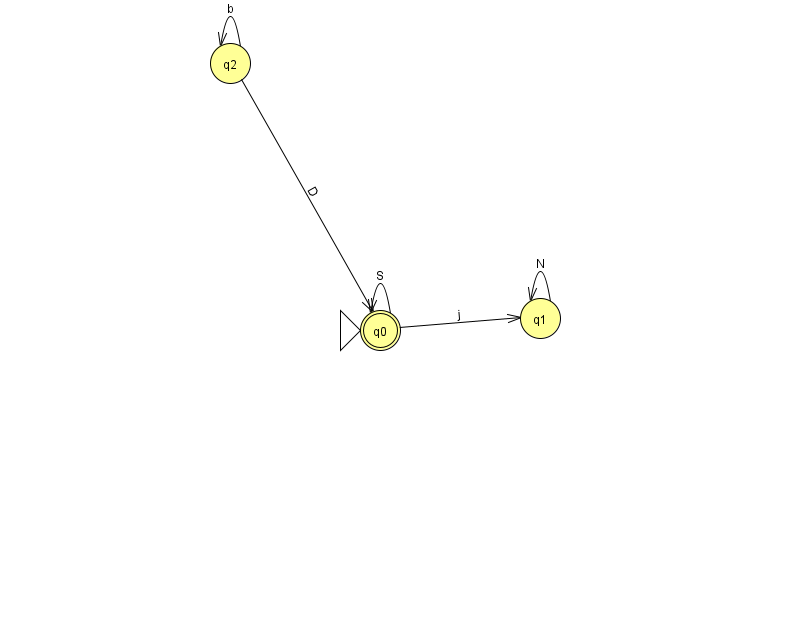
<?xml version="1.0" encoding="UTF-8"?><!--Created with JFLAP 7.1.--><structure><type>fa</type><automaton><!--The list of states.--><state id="0" name="q0"><x>380.0</x><y>317.0</y><initial/><final/></state><state id="1" name="q1"><x>540.0</x><y>305.0</y></state><state id="2" name="q2"><x>230.0</x><y>50.0</y></state><!--The list of transitions.--><transition><from>2</from><to>0</to><read>D</read></transition><transition><from>2</from><to>2</to><read>b</read></transition><transition><from>0</from><to>0</to><read>S</read></transition><transition><from>0</from><to>1</to><read>j</read></transition><transition><from>1</from><to>1</to><read>N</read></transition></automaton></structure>